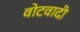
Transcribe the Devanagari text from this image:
वोटवादी